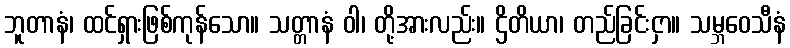
ဘူတာနံ၊ ထင်ရှားဖြစ်ကုန်သော။ သတ္တာနံ ဝါ၊ တို့အားလည်း။ ဌိတိယာ၊ တည်ခြင်းငှာ။ သမ္ဘဝေသီနံ